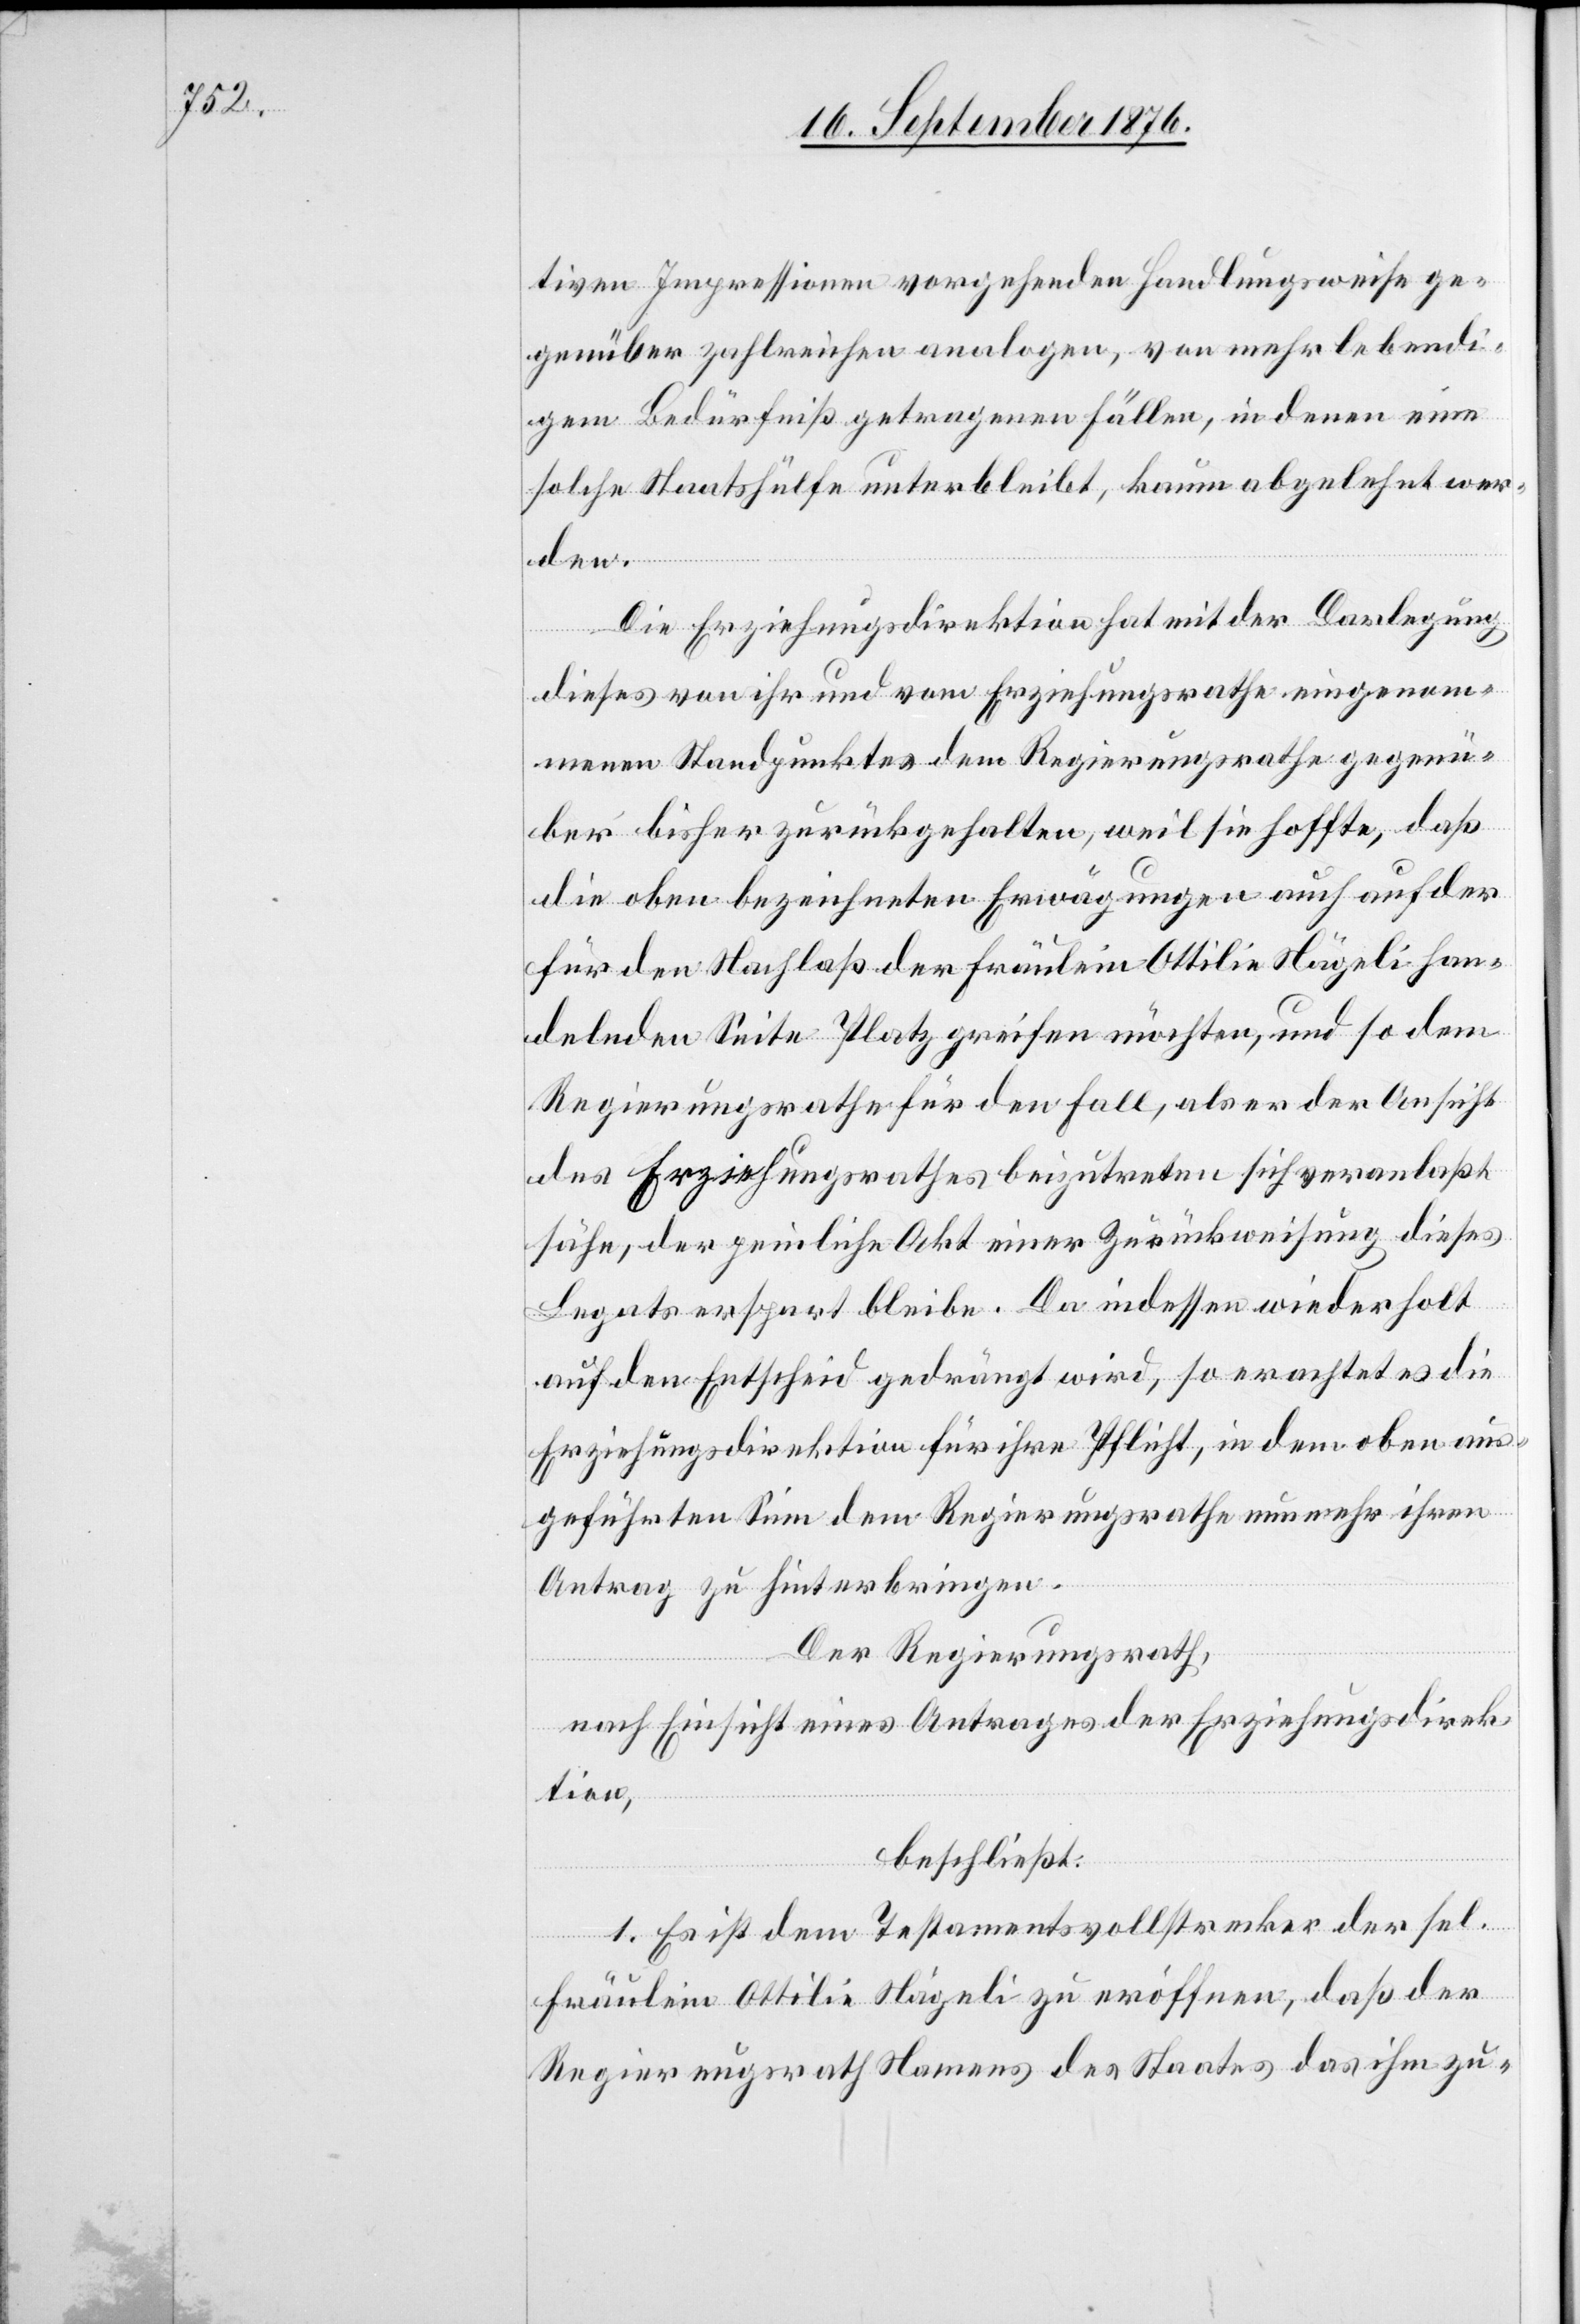
tiven Impressionen vorgehenden Handlungsweise ge¬
genüber zahlreichen analogen, von mehr lebendi¬
gem Bedürfniß getragenen Fällen, in denen eine
solche Staatshülfe unterbleibt, kaum abgelehnt wer¬
den.
Die Erziehungsdirektion hat mit der Darlegung
dieses von ihr und vom Erziehungsrathe eingenom¬
menen Standpunktes dem Regierungsrathe gegenü¬
ber bisher zurückgehalten, weil sie hoffte, daß
die oben bezeichneten Erwägungen auch auf der
für den Nachlaß der Fräulein Ottilie Nägeli han¬
delnden Seite Platz greifen möchten, und so dem
Regierungsrathe für den Fall, als er der Ansicht
des Erziehungsrathes beizutreten sich veranlaßt
sähe, der peinliche Akt einer Zurückweisung dieses
Legats erspart bleibe. Da indessen wiederholt
auf den Entscheid gedrängt wird, so erachtet es die
Erziehungsdirektion für ihre Pflicht, in dem oben aus¬
geführten Sinn dem Regierungsrathe nunmehr ihren
Antrag zu hinterbringen.
Der Regierungsrath,
nach Einsicht eines Antrages der Erziehungsdirek¬
tion,
beschließt:
1. Es ist dem Testamentsvollstrecker der sel.
Fräulein Ottilie Nägeli zu eröffnen, daß der
Regierungsrath Namens des Staates das ihm zu-